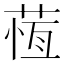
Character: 𦵕